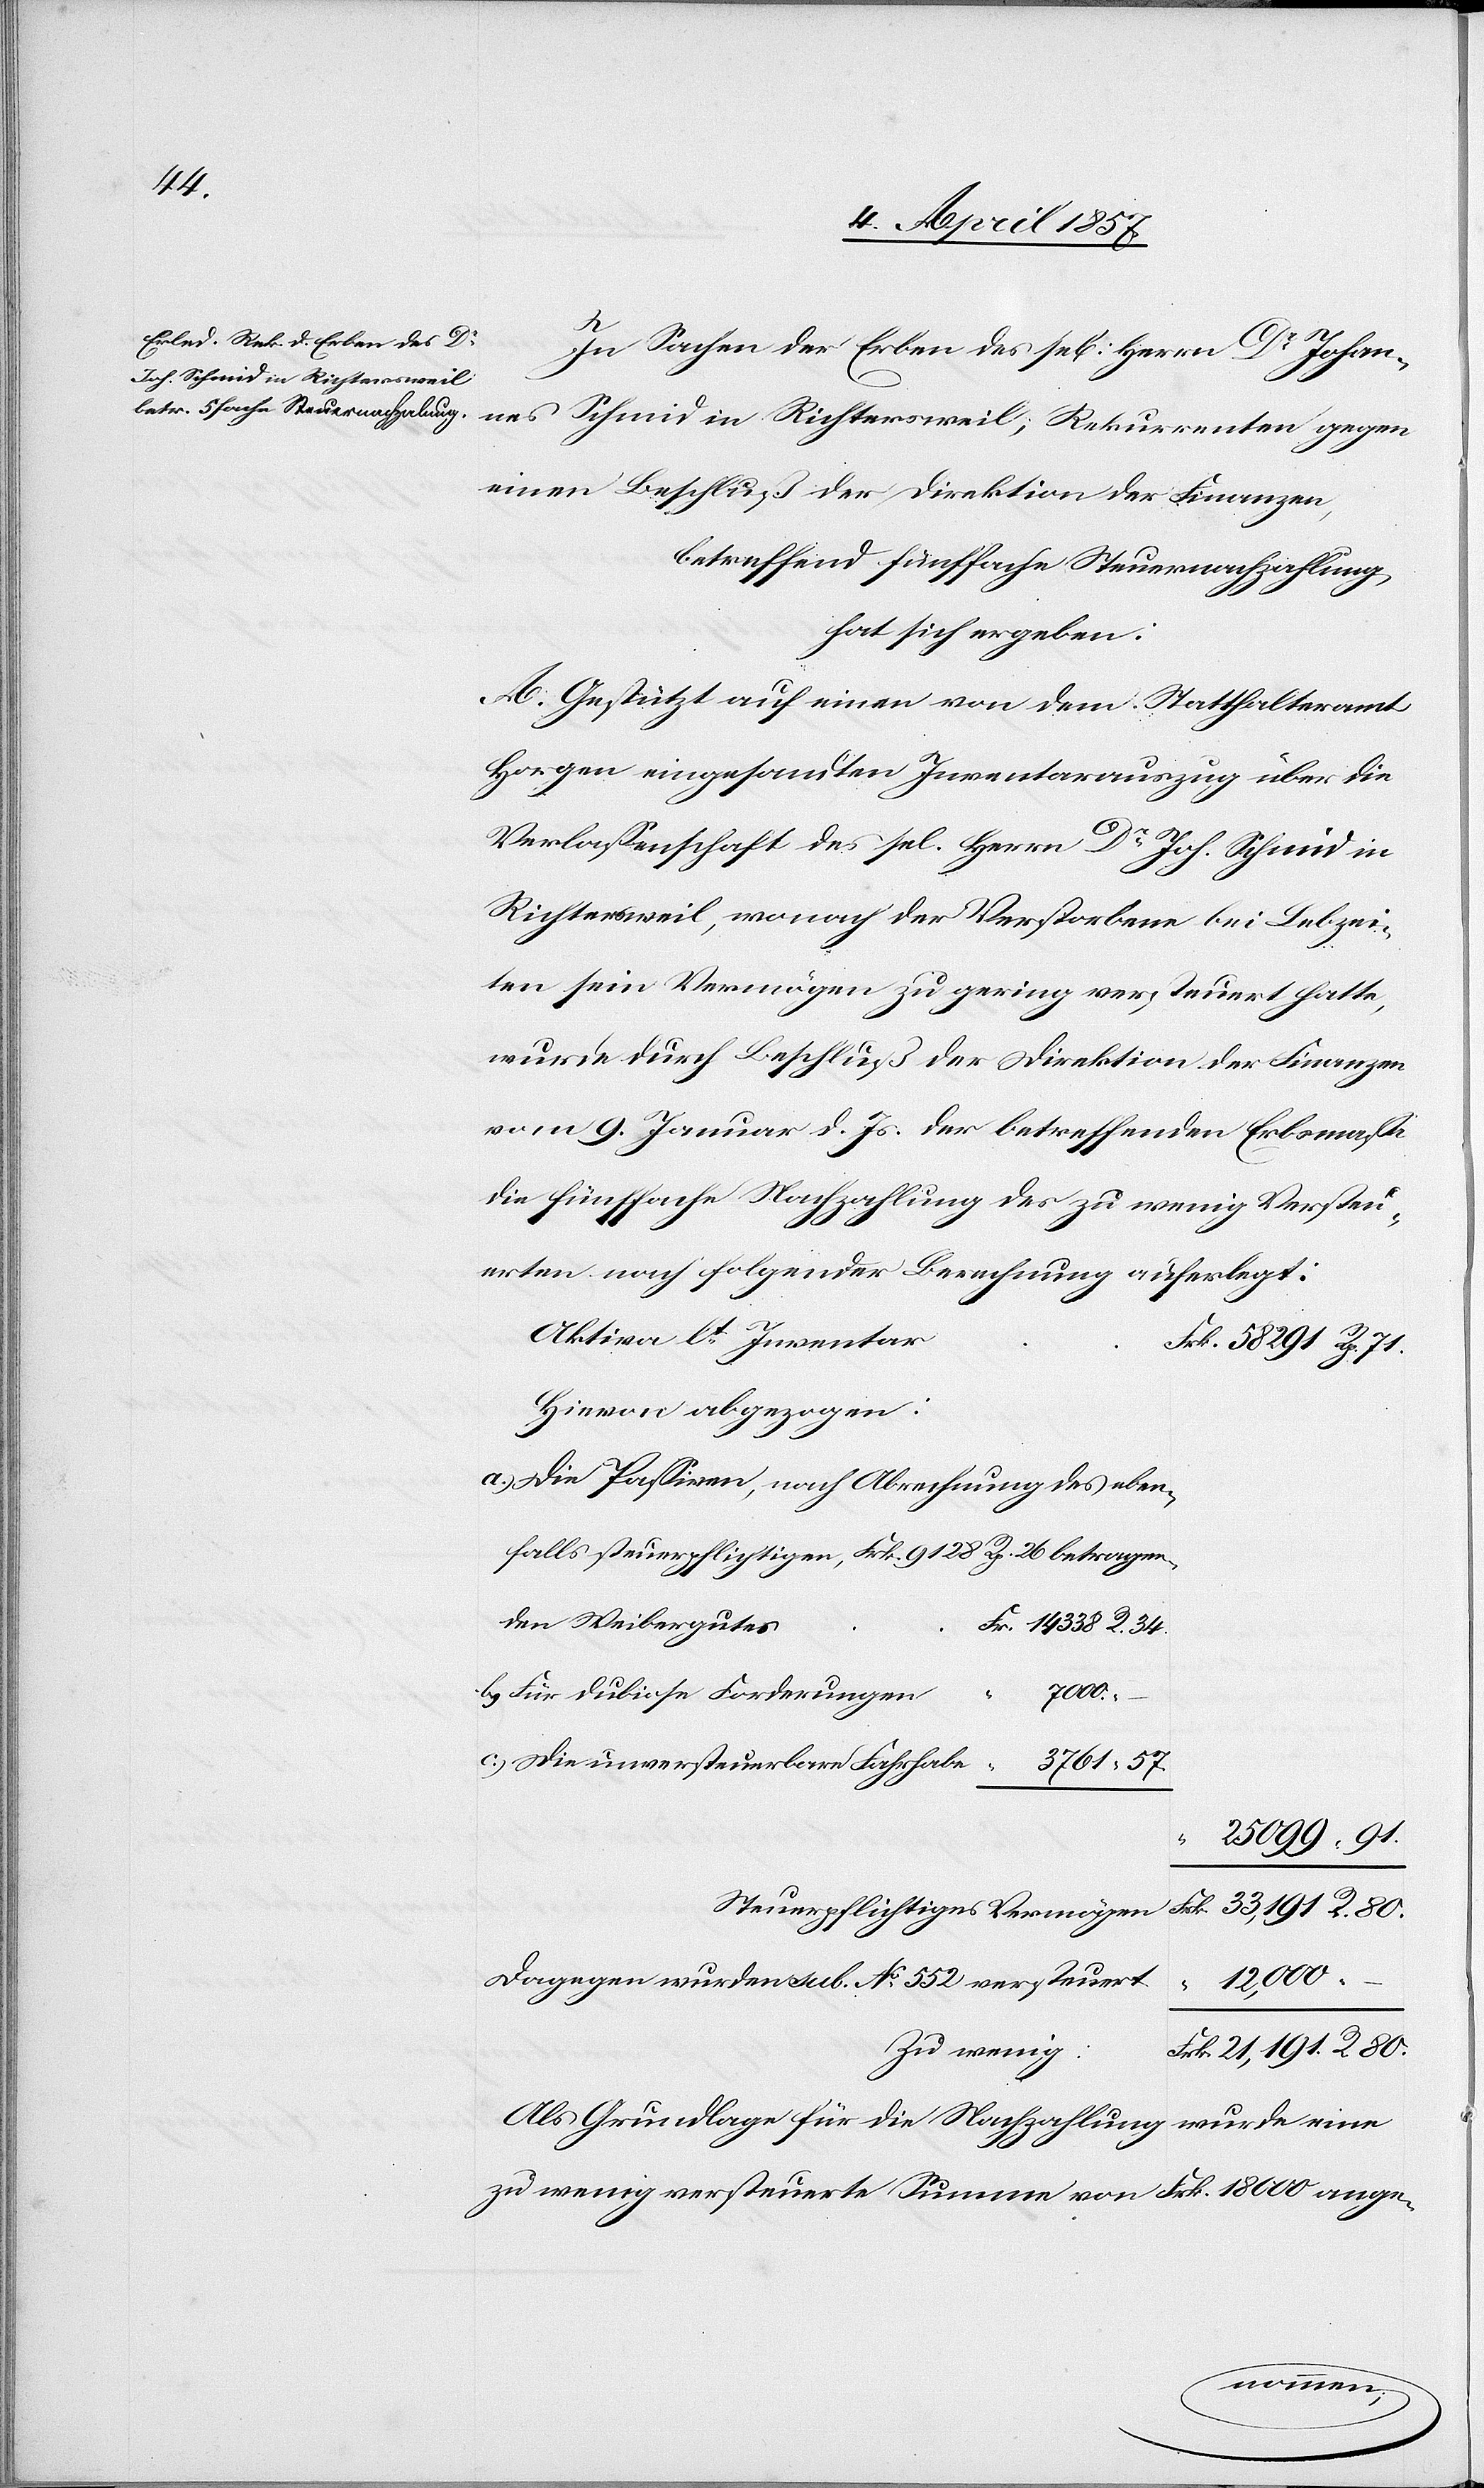
14
80.
In Sachen der Erben des se[ligen] Herrn Dr Johannes
Schmid in Richtersweil; Rekurrenten gegen
einen Beschluß der Direktion der Finanzen,
betreffend fünffache Steuernachzahlung
hat sich ergeben:
A. Gestützt auf einen von dem Statthalteramt
Horgen eingesandten Inventarauszug über die
Verlassenschaft des sel. Herrn Dr Joh. Schmid in
Richtersweil, wonach der Verstorbene bei Lebzei¬
ten sein Vermögen zu gering versteuert hatte,
wurde durch Beschluß der Direktion der Finanzen
vom 9. Januar d. Js. der betreffenden Erbsmasse
die fünffache Nachzahlung des zu wenig Versteu¬
erten nach folgender Berechnung auferlegt:
Aktiva lt Inventar
Hievon abgezogen:
Die Passiven, nach Abrechnung des eben¬
falls steuerpflichtigen, Frk. 9128 Rp. 26 betragen¬
den Weibergutes
21,191.
Für dubiose Forderungen
b.)
Dagegen wurden sub. No 552 versteuert
Zu wenig:
Als Grundlage für die Nachzahlung wurde eine
zu wenig versteuerte Summe von Frk. 18 000 ange-